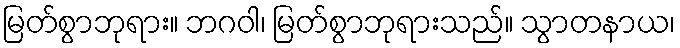
မြတ်စွာဘုရား။ ဘဂဝါ၊ မြတ်စွာဘုရားသည်။ သွာတနာယ၊